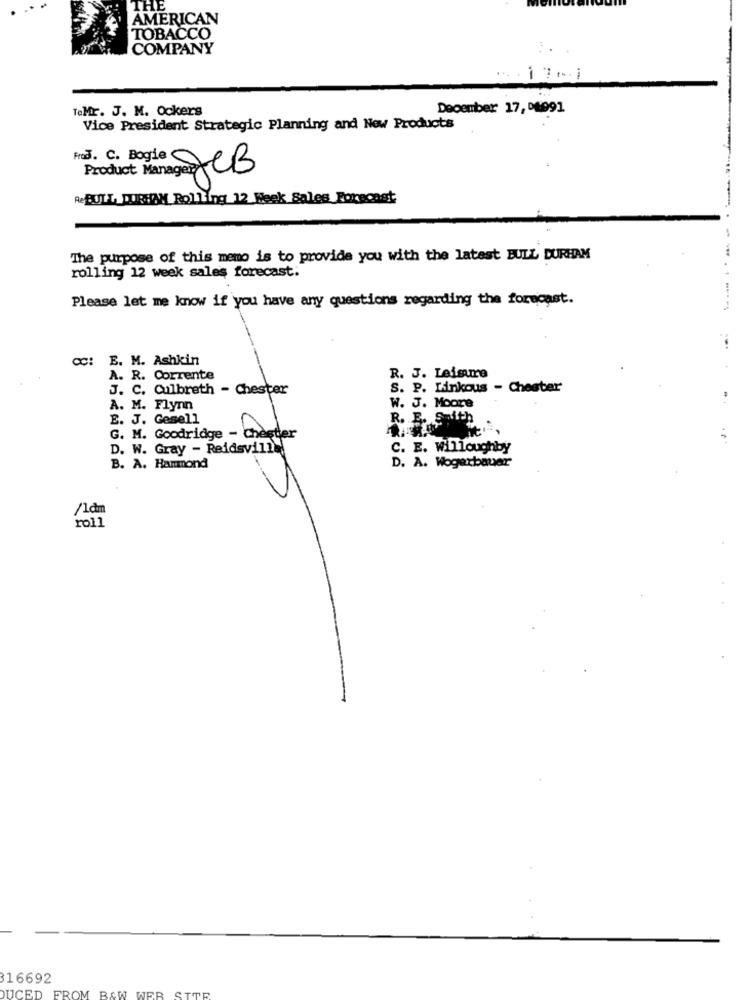
TH
AMERICAN
TOBACCO
COMPANY
... i ...
ToMr. J. M. Ockers
December 17, 04991
Vice President Strategic Planning and New Products
Product Manager: CB
Re BULL, DURHAM Rolling 12 Week Sales Forecast
The purpose of this memo is to provide you with the latest BULL DURHAM
rolling 12 week sales forecast.
Please let me know if you have any questions regarding the forecast.
-------
CC: E. M. Ashkin
R. J. Leisme
A. R. Corrente
J. C. Culbreth - Chester
S. P. Liinkous - Chester
A. M. Flynn
W. J. Moore
E. J. Gesell
R. E. S ......
G. M. Goodridge - Chester
...
D. W. Gray - Reidsville
C. E. willoughby
D. A. Wogerbauer
B. A. Hanmond
/1cm
roll
16692
DUCED FROM B&W WER STOR